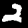
Digit: 2